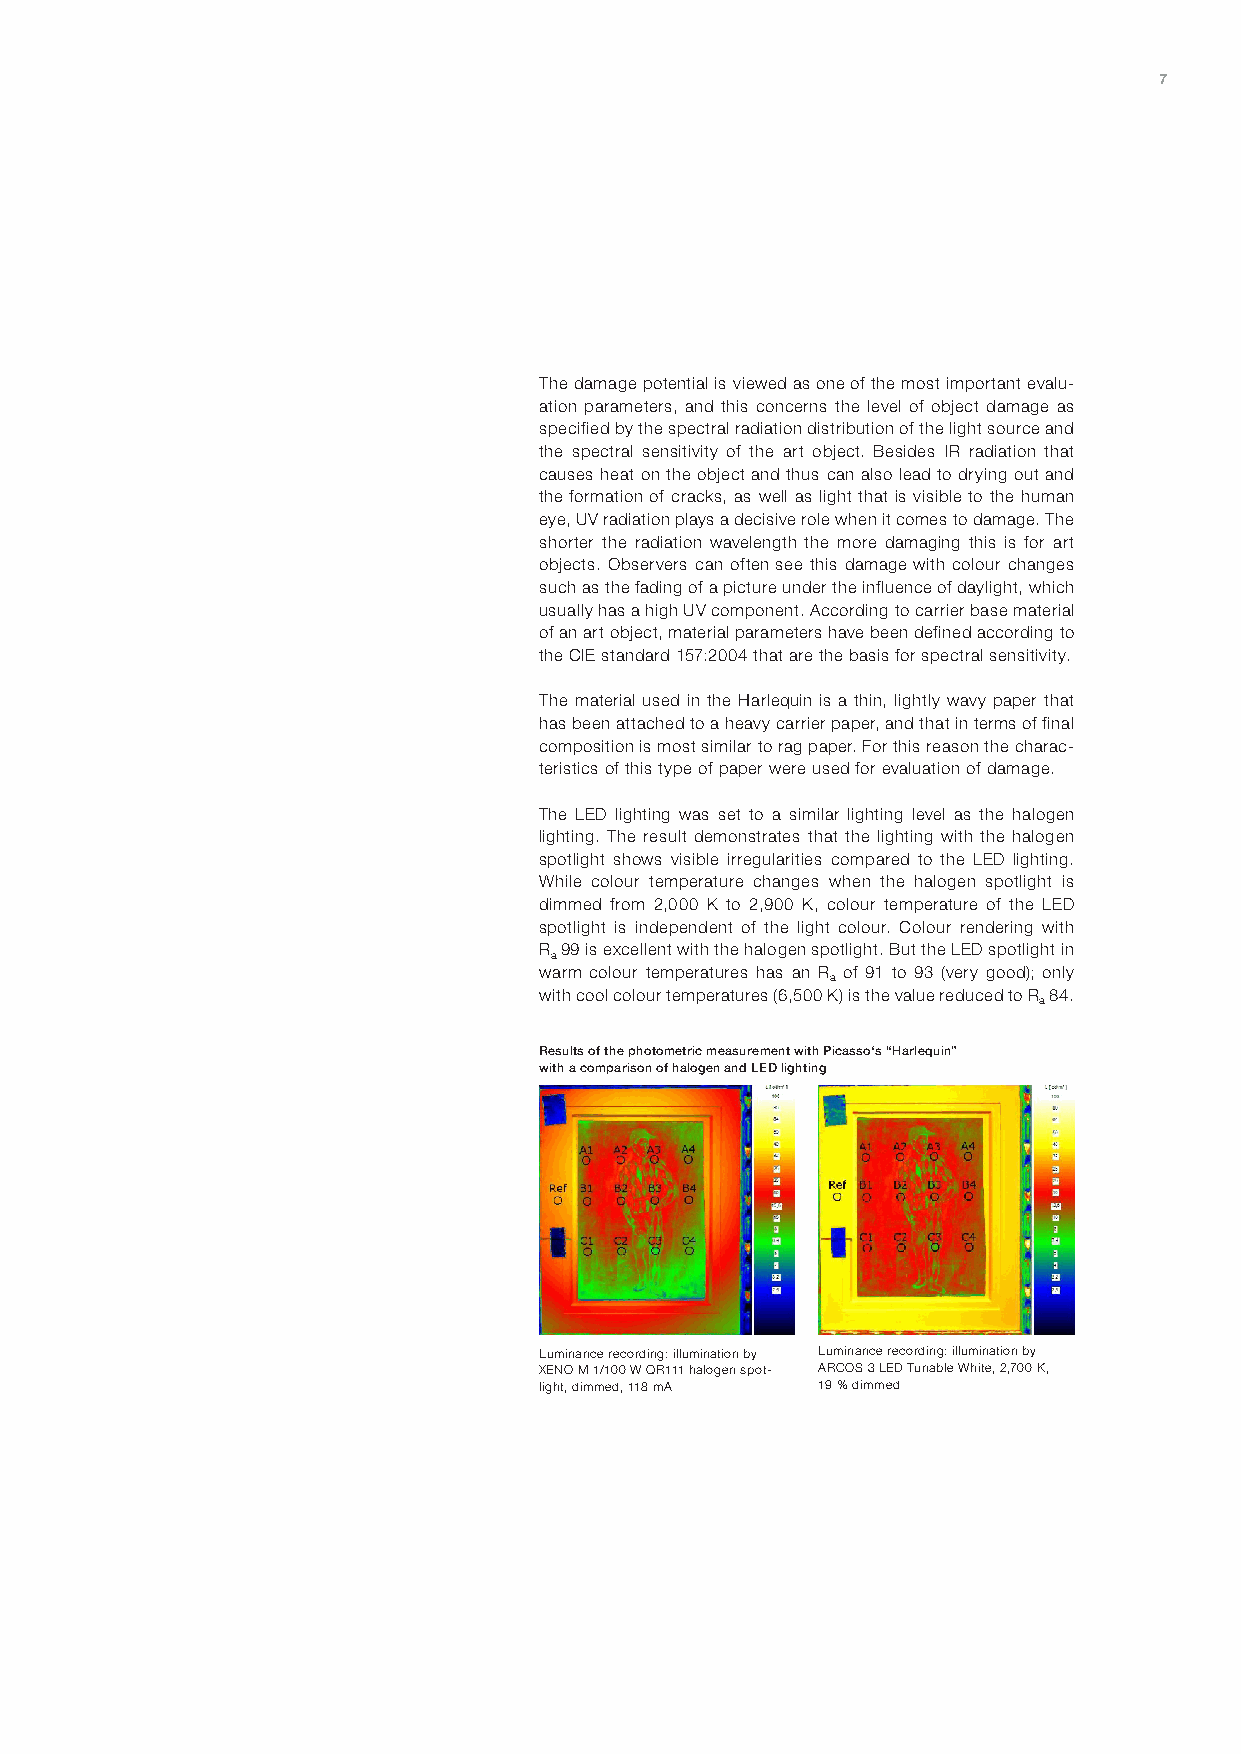
7
 The damage potential is viewed as one of the most important evalu-
 ation parameters, and this concerns the level of object damage as
 specified by the spectral radiation distribution of the light source and
 the spectral sensitivity of the art object. Besides IR radiation that
 causes heat on the object and thus can also lead to drying out and
 the formation of cracks, as well as light that is visible to the human
 eye, UV radiation plays a decisive role when it comes to damage. The
 shorter the radiation wavelength the more damaging this is for art
 objects. Observers can often see this damage with colour changes
 such as the fading of a picture under the influence of daylight, which
 usually has a high UV component. According to carrier base material
 of an art object, material parameters have been defined according to
 the CIE standard 157:2004 that are the basis for spectral sensitivity.
 The material used in the Harlequin is a thin, lightly wavy paper that
 has been attached to a heavy carrier paper, and that in terms of final
 composition is most similar to rag paper. For this reason the charac-
 teristics of this type of paper were used for evaluation of damage.
 The LED lighting was set to a similar lighting level as the halogen
 lighting. The result demonstrates that the lighting with the halogen
 spotlight shows visible irregularities compared to the LED lighting.
 While colour temperature changes when the halogen spotlight is
 dimmed from 2,000 K to 2,900 K, colour temperature of the LED
 spotlight is independent of the light colour. Colour rendering with
 R 99 is excellent with the halogen spotlight. But the LED spotlight in
 a
 warm colour temperatures has an R of 91 to 93 (very good); only
 a
 with cool colour temperatures (6,500 K) is the value reduced to R 84.
 a
 Results of the photometric measurement with Picasso‘s “Harlequin”
 with a comparison of halogen and LED lighting
 Luminance recording: illumination by Luminance recording: illumination by
 XENO M 1/100 W QR111 halogen spot- ARCOS 3 LED Tunable White, 2,700 K,
 light, dimmed, 118 mA 19 % dimmed